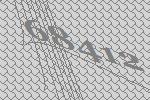
68412